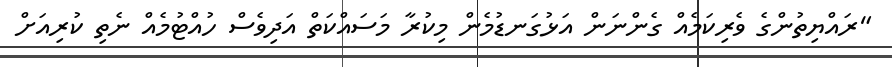
"ރައްޔިތުންގެ ވެރިކަމެއް ގެންނަން އަޅުގަނޑުމެން މިކުރާ މަސައްކަތް އަދިވެސް ހުއްޓުމެއް ނެތި ކުރިއަށް